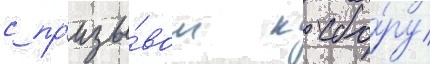
с пр'изы́вом к сбо́ру